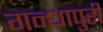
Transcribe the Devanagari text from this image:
गन्धापुरी